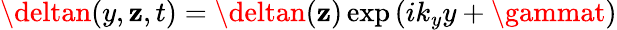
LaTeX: \deltan(y,\mathbf{z},t)=\deltan(\mathbf{z})\exp{(ik_{y}y+\gammat)}